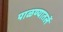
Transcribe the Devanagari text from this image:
पाळण्यातलें